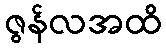
ဇွန်လအထိ